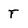
Character: T